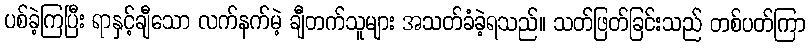
ပစ်ခဲ့ကြပြီး ရာနှင့်ချီသော လက်နက်မဲ့ ချီတက်သူများ အသတ်ခံခဲ့ရသည်။ သတ်ဖြတ်ခြင်းသည် တစ်ပတ်ကြာ